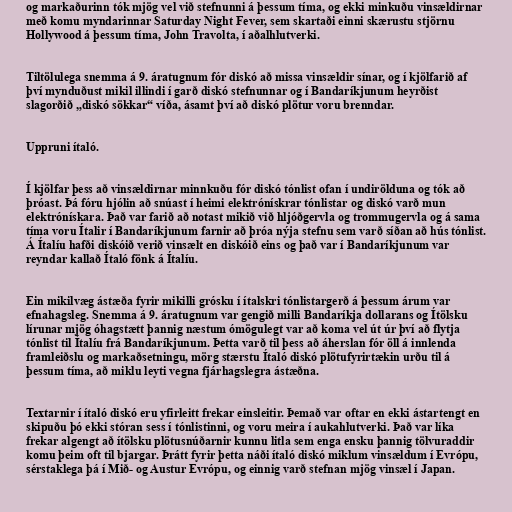
og markaðurinn tók mjög vel við stefnunni á þessum tíma, og ekki minkuðu vinsældirnar
með komu myndarinnar Saturday Night Fever, sem skartaði einni skærustu stjörnu
Hollywood á þessum tíma, John Travolta, í aðalhlutverki.

Tiltölulega snemma á 9. áratugnum fór diskó að missa vinsældir sínar, og í kjölfarið af
því mynduðust mikil illindi í garð diskó stefnunnar og í Bandaríkjunum heyrðist
slagorðið „diskó sökkar“ víða, ásamt því að diskó plötur voru brenndar.

Uppruni ítaló.

Í kjölfar þess að vinsældirnar minnkuðu fór diskó tónlist ofan í undirölduna og tók að
þróast. Þá fóru hjólin að snúast í heimi elektrónískrar tónlistar og diskó varð mun
elektrónískara. Það var farið að notast mikið við hljóðgervla og trommugervla og á sama
tíma voru Ítalir í Bandaríkjunum farnir að þróa nýja stefnu sem varð síðan að hús tónlist.
Á Ítalíu hafði diskóið verið vinsælt en diskóið eins og það var í Bandaríkjunum var
reyndar kallað Ítaló fönk á Ítalíu.

Ein mikilvæg ástæða fyrir mikilli grósku í ítalskri tónlistargerð á þessum árum var
efnahagsleg. Snemma á 9. áratugnum var gengið milli Bandaríkja dollarans og Ítölsku
lírunar mjög óhagstætt þannig næstum ómögulegt var að koma vel út úr því að flytja
tónlist til Ítalíu frá Bandaríkjunum. Þetta varð til þess að áherslan fór öll á innlenda
framleiðslu og markaðsetningu, mörg stærstu Ítaló diskó plötufyrirtækin urðu til á
þessum tíma, að miklu leyti vegna fjárhagslegra ástæðna.

Textarnir í ítaló diskó eru yfirleitt frekar einsleitir. Þemað var oftar en ekki ástartengt en
skipuðu þó ekki stóran sess í tónlistinni, og voru meira í aukahlutverki. Það var líka
frekar algengt að ítölsku plötusnúðarnir kunnu litla sem enga ensku þannig tölvuraddir
komu þeim oft til bjargar. Þrátt fyrir þetta náði ítaló diskó miklum vinsældum í Evrópu,
sérstaklega þá í Mið- og Austur Evrópu, og einnig varð stefnan mjög vinsæl í Japan.